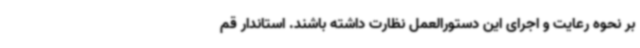
بر نحوه رعایت و اجرای این دستورالعمل نظارت داشته باشند. استاندار قم